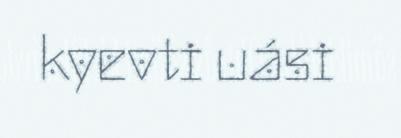
kyevti uási